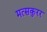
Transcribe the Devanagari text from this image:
मत्सकुरर